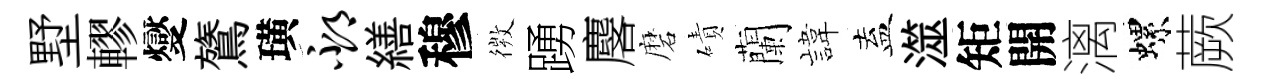
墅轇燮鷟璜邳繕穆𢕄踴麐磨磧蘭旗盍澨矩開漓螺蕨